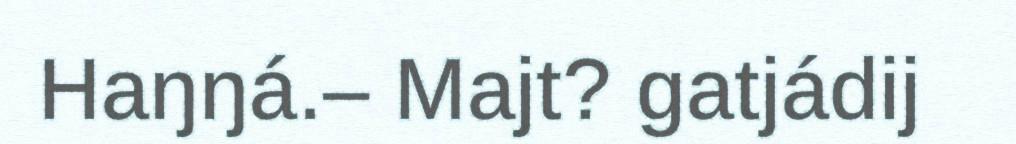
Haŋŋá.– Majt? gatjádij